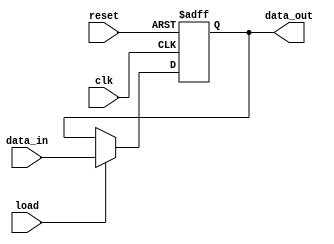
module register (
    input wire clk,
    input wire reset,
    input wire load,
    input wire [7:0] data_in,
    output reg [7:0] data_out
);

// Internal register data storage
reg [7:0] internal_data;

// Data loading behavior
always @(posedge clk or posedge reset) begin
    if (reset) begin
        internal_data <= 8'b0;
    end else if (load) begin
        internal_data <= data_in;
    end
end

// Data output behavior
always @(*) begin
    data_out = internal_data;
end

endmodule